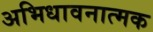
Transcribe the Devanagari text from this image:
अभिधावनात्मक